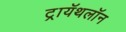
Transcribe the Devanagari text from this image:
ट्रायॅथलॉन